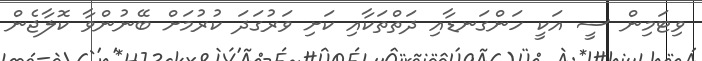
ވިޓަމިން ސީ އަކީ ހަންގަނޑާއި ދަތްތަކާއި ކަށި ވަރުގަދަ ކުރުމަށް ބޭނުންވާ ކޮލާޖެން